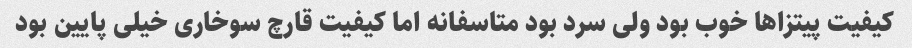
کیفیت پیتزاها خوب بود ولى سرد بود متاسفانه اما کیفیت قارچ سوخارى خیلى پایین بود